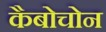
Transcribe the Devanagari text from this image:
कैबोचोन